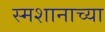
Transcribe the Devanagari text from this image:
स्मशानाच्या